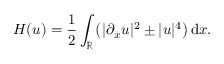
H ( u ) = \frac { 1 } { 2 } \int _ { \mathbb { R } } \left( | \partial _ { x } u | ^ { 2 } \pm | u | ^ { 4 } \right) \mathrm { d } x .